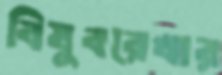
বিষুবরেখার